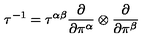
\tau ^ { - 1 } = \tau ^ { \alpha \beta } { \frac { \partial } { \partial \pi ^ { \alpha } } } \otimes { \frac { \partial } { \partial \pi ^ { \beta } } }